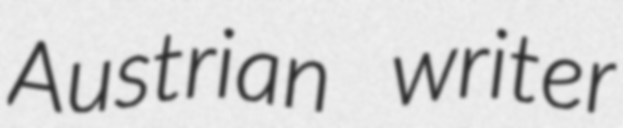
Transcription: Austrian writer